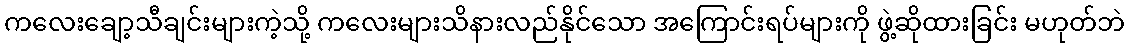
ကလေးချော့သီချင်းများကဲ့သို့ ကလေးများသိနားလည်နိုင်သော အကြောင်းရပ်များကို ဖွဲ့ဆိုထားခြင်း မဟုတ်ဘဲ